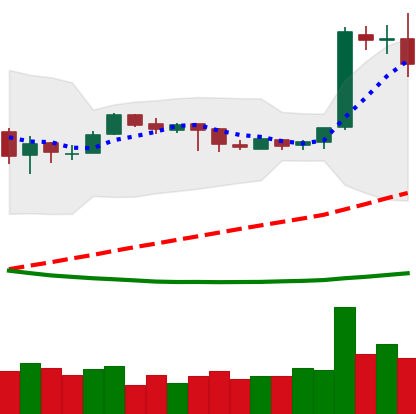
Ticker: EOS-USD
Chart end date: 2019-03-30
Forward return: 22.859%
Label: up_7plus